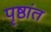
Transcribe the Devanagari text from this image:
पृष्ठांत